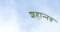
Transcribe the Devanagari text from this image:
शहान्‍नव